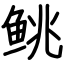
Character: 𬶐